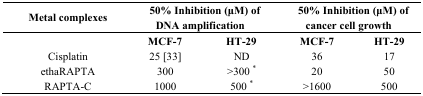
<table><thead><tr><td><b>Metal complexes</b></td><td colspan="2"><b>50% Inhibition (μM) of DNA amplification</b></td><td colspan="2"><b>50% Inhibition (μM) of cancer cell growth</b></td></tr><tr><td></td><td><b>MCF-7</b></td><td><b>HT-29</b></td><td><b>MCF-7</b></td><td><b>HT-29</b></td></tr></thead><tbody><tr><td>Cisplatin</td><td>25 [33]</td><td>ND</td><td>36</td><td>17</td></tr><tr><td>ethaRAPTA</td><td>300</td><td>&gt;300 *</td><td>20</td><td>50</td></tr><tr><td>RAPTA-C</td><td>1000</td><td>500 *</td><td>&gt;1600</td><td>500</td></tr></tbody></table>